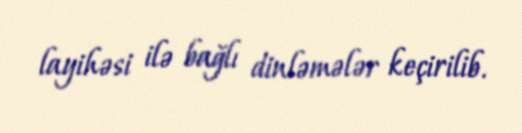
layihəsi ilə bağlı dinləmələr keçirilib.